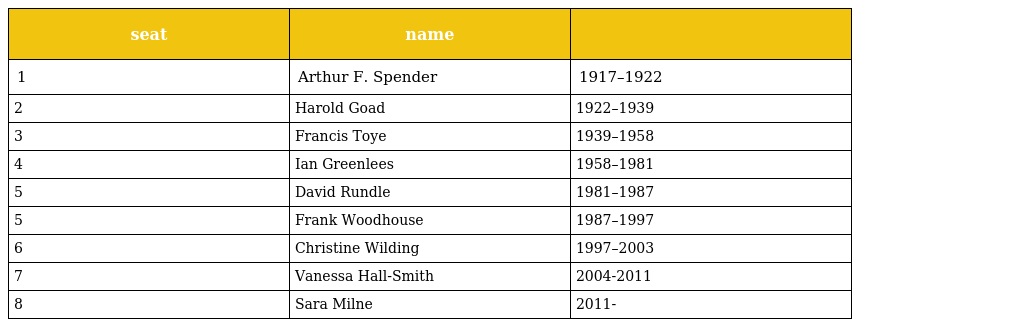
| seat | name |  |
 | --- | --- | --- |
 | 1 | Arthur F. Spender | 1917–1922 |
 | 2 | Harold Goad | 1922–1939 |
 | 3 | Francis Toye | 1939–1958 |
 | 4 | Ian Greenlees | 1958–1981 |
 | 5 | David Rundle | 1981–1987 |
 | 5 | Frank Woodhouse | 1987–1997 |
 | 6 | Christine Wilding | 1997–2003 |
 | 7 | Vanessa Hall-Smith | 2004-2011 |
 | 8 | Sara Milne | 2011- |